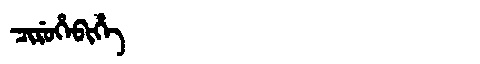
Manchu: ᠴᡳᡵᡠᡥᡝᠪᡳᡥᡝ
Romanization: CIRUHEBIHE